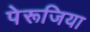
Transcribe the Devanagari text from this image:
पेरूजिया